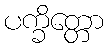
ပက္ခိတ္တော